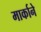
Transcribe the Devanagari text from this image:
मार्काने